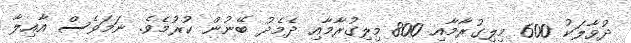
ދުވާލަކު 600 މިލިގުރާމާއި 800 މިލިގުރާމާއި ދެމެދު ބޭނުން ކުރުމެވެ. ނަމަވެސް އާއިލާ